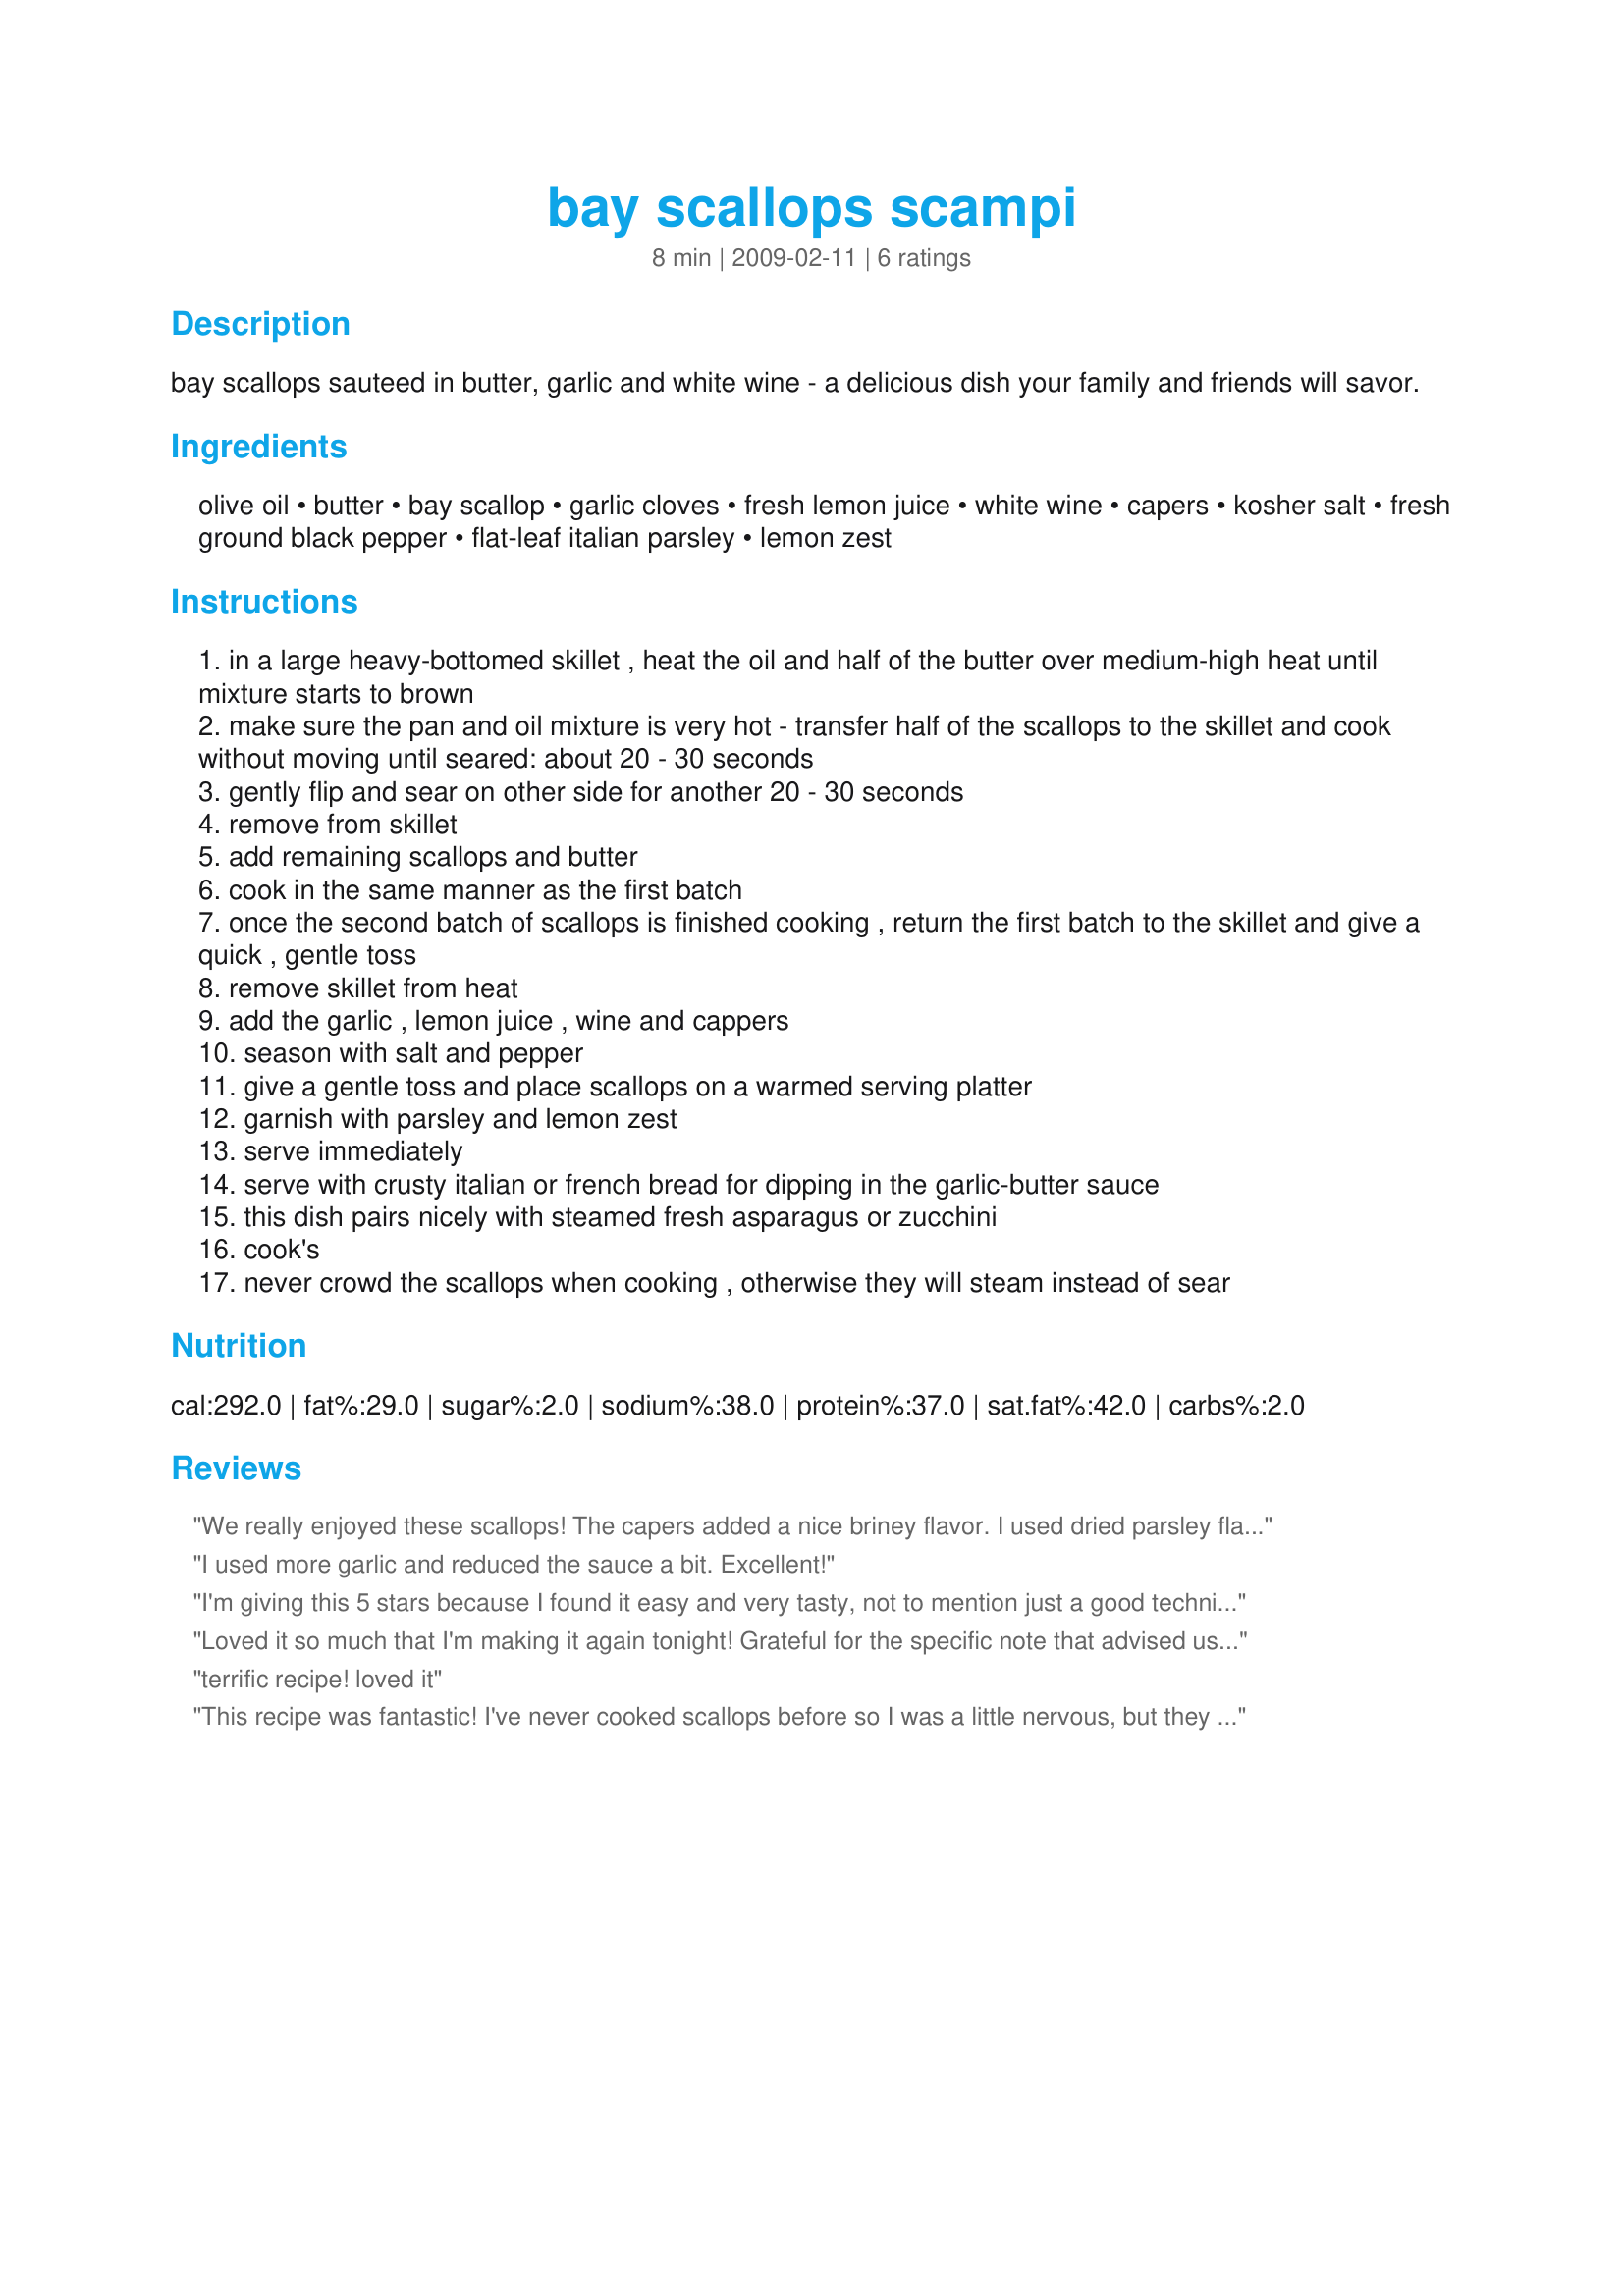
bay scallops scampi
Preparation time: 8 minutes

bay scallops sauteed in butter, garlic and white wine - a delicious dish your family and friends will savor.

Ingredients:
olive oil, butter, bay scallop, garlic cloves, fresh lemon juice, white wine, capers, kosher salt, fresh ground black pepper, flat-leaf italian parsley, lemon zest

Steps:
in a large heavy-bottomed skillet , heat the oil and half of the butter over medium-high heat until mixture starts to brown
make sure the pan and oil mixture is very hot - transfer half of the scallops to the skillet and cook without moving until seared: about 20 - 30 seconds
gently flip and sear on other side for another 20 - 30 seconds
remove from skillet
add remaining scallops and butter
cook in the same manner as the first batch
once the second batch of scallops is finished cooking , return the first batch to the skillet and give a quick , gentle toss
remove skillet from heat
add the garlic , lemon juice , wine and cappers
season with salt and pepper
give a gentle toss and place scallops on a warmed serving platter
garnish with parsley and lemon zest
serve immediately
serve with crusty italian or french bread for dipping in the garlic-butter sauce
this dish pairs nicely with steamed fresh asparagus or zucchini
cook's
never crowd the scallops when cooking , otherwise they will steam instead of sear

Reviews:
We really enjoyed these scallops! The capers added a nice briney flavor. I used dried parsley flakes, and they worked fine. Thanks!
I used more garlic and reduced the sauce a bit. Excellent!
I'm giving this 5 stars because I found it easy and very tasty, not to mention just a good technique for cooking scallops in general. I used extra large scallops instead of bay, so they did have to cook longer per side (more like 45 seconds) but the result was still a good sear and a deliciously done and non-gummy inside. I thought the left over sauce was too liquidy but still very tasty, and I used dry vermouth instead of white wine. Next time, I'll reduce the sauce with a quick boil and see how that fares. Thanks for the delish addition to our dinner!
Loved it so much that I'm making it again tonight! Grateful for the specific note that advised us to heat up the pan and sear.
terrific recipe! loved it
This recipe was fantastic! I've never cooked scallops before so I was a little nervous, but they turned out great! And the sauce is delicious, I might even use it with other seafood. Yum!
